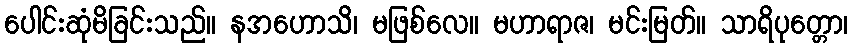
ပေါင်းဆုံမိခြင်းသည်။ နအဟောသိ၊ မဖြစ်လေ။ မဟာရာဇ၊ မင်းမြတ်။ သာရိပုတ္တော၊